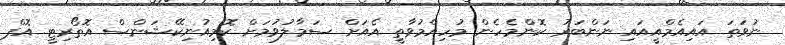
ނުވަތަ އައިއެމްއީއައި ނަންބަރު ކޮންމެހެން މުހިއްމުވާތީ އެއަށް ސަމާލުވުމަށް ކޮމިއުނިކޭޝަންސް އޮތޯރިޓީ އޮފް